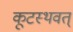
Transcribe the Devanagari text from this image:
कूटस्थवत्‌